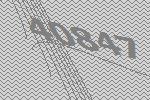
40847